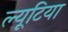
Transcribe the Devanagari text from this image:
ल्यूटिया